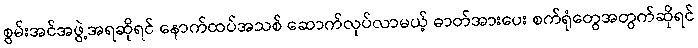
စွမ်းအင်အဖွဲ့အရဆိုရင် နောက်ထပ်အသစ် ဆောက်လုပ်လာမယ့် ဓာတ်အားပေး စက်ရုံတွေအတွက်ဆိုရင်